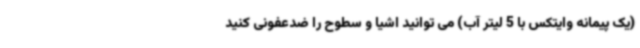
(یک پیمانه وایتکس با 5 لیتر آب) می توانید اشیا و سطوح را ضدعفونی کنید